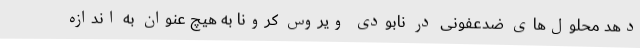
دهد محلول‌های ضدعفونی در نابودی ویروس کرونا به هیچ عنوان به اندازه